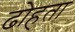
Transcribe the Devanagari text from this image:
ढोहता